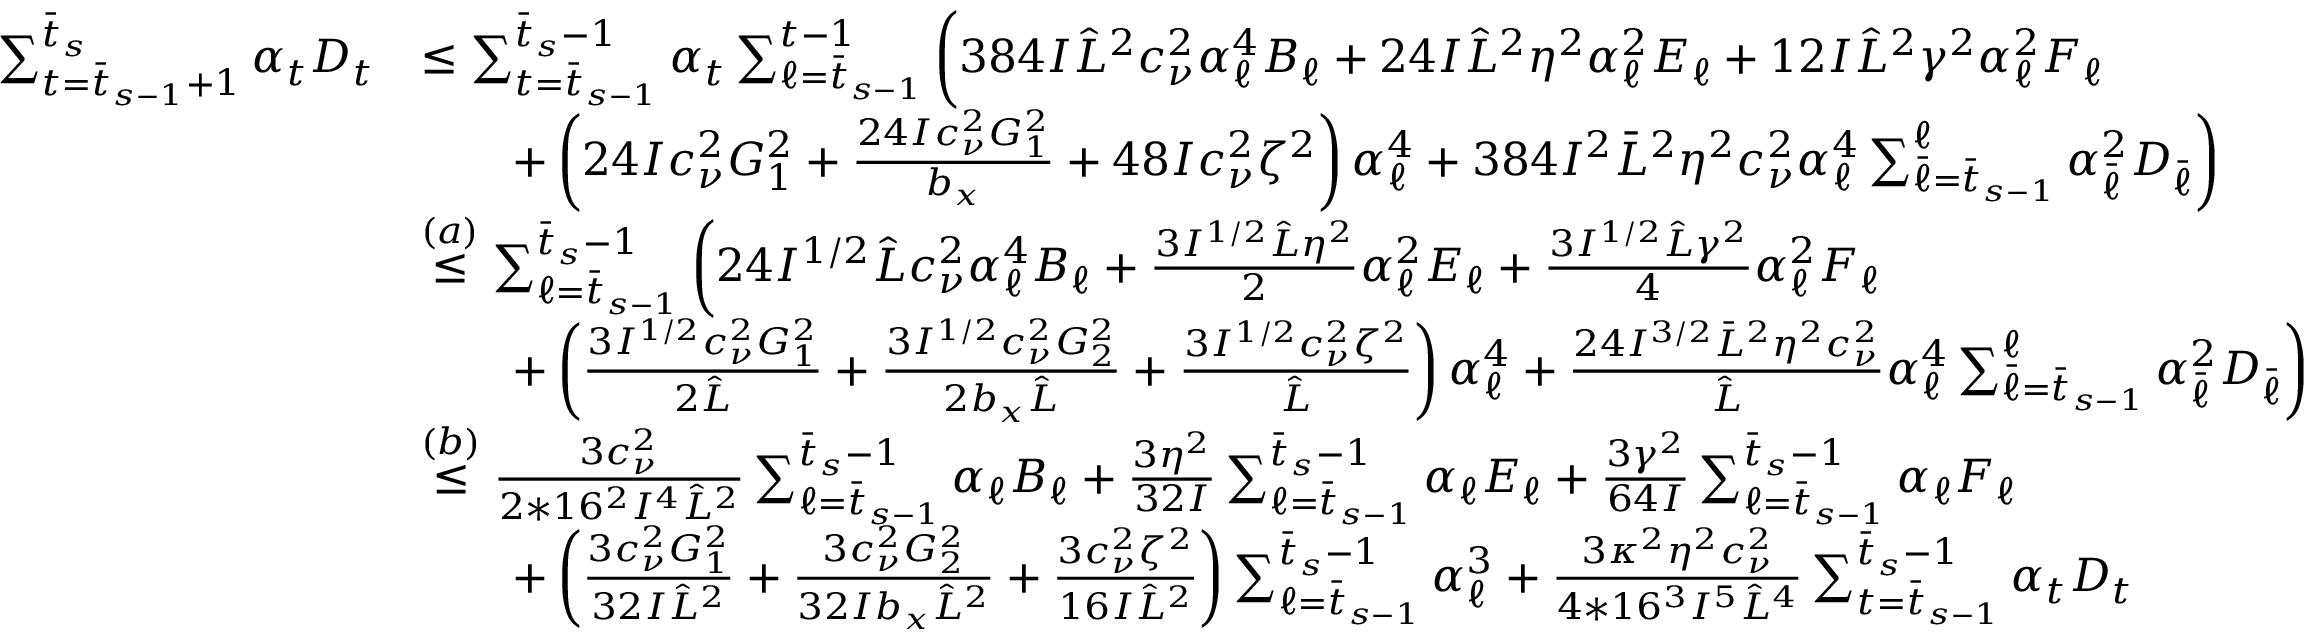
\begin{array} { r l } { \sum _ { t = \bar { t } _ { s - 1 } + 1 } ^ { \bar { t } _ { s } } \alpha _ { t } D _ { t } } & { \leq \sum _ { t = \bar { t } _ { s - 1 } } ^ { \bar { t } _ { s } - 1 } \alpha _ { t } \sum _ { \ell = \bar { t } _ { s - 1 } } ^ { t - 1 } \bigg ( 3 8 4 I \hat { L } ^ { 2 } c _ { \nu } ^ { 2 } \alpha _ { \ell } ^ { 4 } B _ { \ell } + 2 4 I \hat { L } ^ { 2 } \eta ^ { 2 } \alpha _ { \ell } ^ { 2 } E _ { \ell } + 1 2 I \hat { L } ^ { 2 } \gamma ^ { 2 } \alpha _ { \ell } ^ { 2 } F _ { \ell } } \\ & { \qquad + \left( 2 4 I c _ { \nu } ^ { 2 } G _ { 1 } ^ { 2 } + \frac { 2 4 I c _ { \nu } ^ { 2 } G _ { 1 } ^ { 2 } } { b _ { x } } + 4 8 I c _ { \nu } ^ { 2 } \zeta ^ { 2 } \right) \alpha _ { \ell } ^ { 4 } + 3 8 4 I ^ { 2 } \bar { L } ^ { 2 } \eta ^ { 2 } c _ { \nu } ^ { 2 } \alpha _ { \ell } ^ { 4 } \sum _ { \bar { \ell } = \bar { t } _ { s - 1 } } ^ { \ell } \alpha _ { \bar { \ell } } ^ { 2 } D _ { \bar { \ell } } \bigg ) } \\ & { \overset { ( a ) } { \leq } \sum _ { \ell = \bar { t } _ { s - 1 } } ^ { \bar { t } _ { s } - 1 } \bigg ( 2 4 I ^ { 1 / 2 } \hat { L } c _ { \nu } ^ { 2 } \alpha _ { \ell } ^ { 4 } B _ { \ell } + \frac { 3 I ^ { 1 / 2 } \hat { L } \eta ^ { 2 } } { 2 } \alpha _ { \ell } ^ { 2 } E _ { \ell } + \frac { 3 I ^ { 1 / 2 } \hat { L } \gamma ^ { 2 } } { 4 } \alpha _ { \ell } ^ { 2 } F _ { \ell } } \\ & { \qquad + \left( \frac { 3 I ^ { 1 / 2 } c _ { \nu } ^ { 2 } G _ { 1 } ^ { 2 } } { 2 \hat { L } } + \frac { 3 I ^ { 1 / 2 } c _ { \nu } ^ { 2 } G _ { 2 } ^ { 2 } } { 2 b _ { x } \hat { L } } + \frac { 3 I ^ { 1 / 2 } c _ { \nu } ^ { 2 } \zeta ^ { 2 } } { \hat { L } } \right) \alpha _ { \ell } ^ { 4 } + \frac { 2 4 I ^ { 3 / 2 } \bar { L } ^ { 2 } \eta ^ { 2 } c _ { \nu } ^ { 2 } } { \hat { L } } \alpha _ { \ell } ^ { 4 } \sum _ { \bar { \ell } = \bar { t } _ { s - 1 } } ^ { \ell } \alpha _ { \bar { \ell } } ^ { 2 } D _ { \bar { \ell } } \bigg ) } \\ & { \overset { ( b ) } { \leq } \frac { 3 c _ { \nu } ^ { 2 } } { 2 * 1 6 ^ { 2 } I ^ { 4 } \hat { L } ^ { 2 } } \sum _ { \ell = \bar { t } _ { s - 1 } } ^ { \bar { t } _ { s } - 1 } \alpha _ { \ell } B _ { \ell } + \frac { 3 \eta ^ { 2 } } { 3 2 I } \sum _ { \ell = \bar { t } _ { s - 1 } } ^ { \bar { t } _ { s } - 1 } \alpha _ { \ell } E _ { \ell } + \frac { 3 \gamma ^ { 2 } } { 6 4 I } \sum _ { \ell = \bar { t } _ { s - 1 } } ^ { \bar { t } _ { s } - 1 } \alpha _ { \ell } F _ { \ell } } \\ & { \qquad + \left( \frac { 3 c _ { \nu } ^ { 2 } G _ { 1 } ^ { 2 } } { 3 2 I \hat { L } ^ { 2 } } + \frac { 3 c _ { \nu } ^ { 2 } G _ { 2 } ^ { 2 } } { 3 2 I b _ { x } \hat { L } ^ { 2 } } + \frac { 3 c _ { \nu } ^ { 2 } \zeta ^ { 2 } } { 1 6 I \hat { L } ^ { 2 } } \right) \sum _ { \ell = \bar { t } _ { s - 1 } } ^ { \bar { t } _ { s } - 1 } \alpha _ { \ell } ^ { 3 } + \frac { 3 \kappa ^ { 2 } \eta ^ { 2 } c _ { \nu } ^ { 2 } } { 4 * 1 6 ^ { 3 } I ^ { 5 } \hat { L } ^ { 4 } } \sum _ { t = \bar { t } _ { s - 1 } } ^ { \bar { t } _ { s } - 1 } \alpha _ { t } D _ { t } } \end{array}